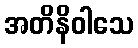
အတိနိဝါသေ